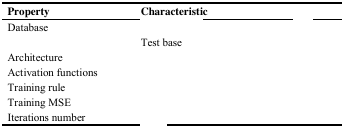
<table><thead><tr><td><b>Property</b></td><td><b>Characteristic</b></td><td>[EMPTY_CELL]</td></tr></thead><tbody><tr><td rowspan="2">Database</td><td>[EMPTY_CELL]</td><td>[EMPTY_CELL]</td></tr><tr><td>Test base</td><td>[EMPTY_CELL]</td></tr><tr><td>Architecture</td><td colspan="2">[EMPTY_CELL]</td></tr><tr><td>Activation functions</td><td colspan="2">[EMPTY_CELL]</td></tr><tr><td>Training rule</td><td colspan="2">[EMPTY_CELL]</td></tr><tr><td>Training MSE</td><td colspan="2">[EMPTY_CELL]</td></tr><tr><td>Iterations number</td><td colspan="2">[EMPTY_CELL]</td></tr></tbody></table>